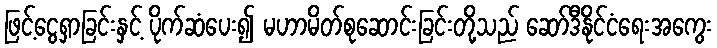
ဖြင့်ငွေရှာခြင်းနှင့် ပိုက်ဆံပေး၍ မဟာမိတ်စုဆောင်းခြင်းတို့သည် ဆော်ဒီနိုင်ငံရေးအကွေး